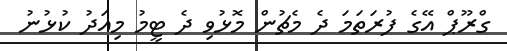
ގްރޫޕް އޭގެ ފުރަތަމަ ދެ މެޗުން މޮޅުވި ދެ ޓީމު މިއަދު ކުޅުނު